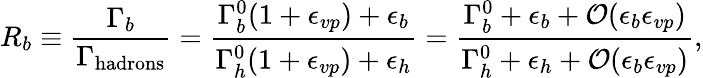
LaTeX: R_{b}\equiv{\frac{\Gamma_{b}}{\Gamma_{\mathrm{hadrons}}}}={\frac{\Gamma_{b}^{0}(1+\epsilon_{vp})+\epsilon_{b}}{\Gamma_{h}^{0}(1+\epsilon_{vp})+\epsilon_{h}}}={\frac{\Gamma_{b}^{0}+\epsilon_{b}+{\cal O}(\epsilon_{b}\epsilon_{vp})}{\Gamma_{h}^{0}+\epsilon_{h}+{\cal O}(\epsilon_{b}\epsilon_{vp})}},